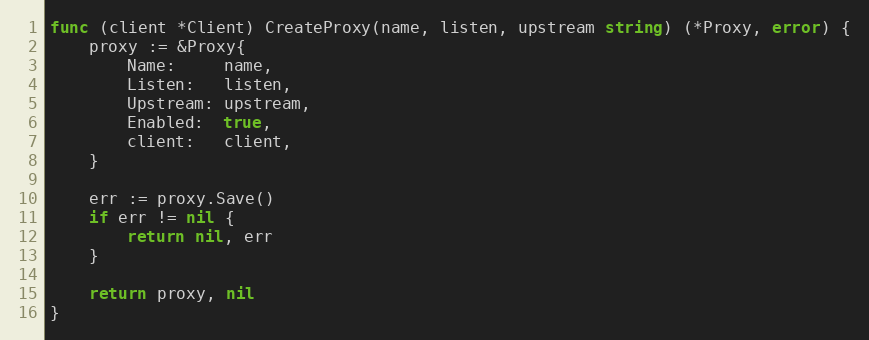
Language: Go
func (client *Client) CreateProxy(name, listen, upstream string) (*Proxy, error) {
	proxy := &Proxy{
		Name:     name,
		Listen:   listen,
		Upstream: upstream,
		Enabled:  true,
		client:   client,
	}

	err := proxy.Save()
	if err != nil {
		return nil, err
	}

	return proxy, nil
}